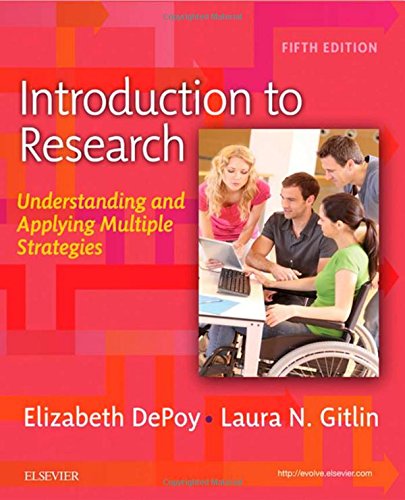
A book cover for Introduction to Research: Understanding and Applying Multiple Strategies, 5e; Elizabeth DePoy PhD  OTR  MSW; Medical Books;